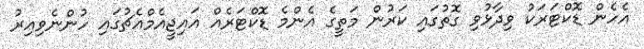
އެހެން ޑޮކްޓަރަކު ވިދާޅުވި ގޮތުގައި ކަރުން މަތީގެ އެންމެ ޑޮކްޓަރެއް އައިޖީއެމްއެޗުގައި ހުންނެވިއިރު